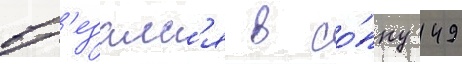
вр'езалс'я в со́пку 149